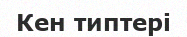
Кен типтері